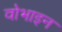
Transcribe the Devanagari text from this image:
वोभाइन